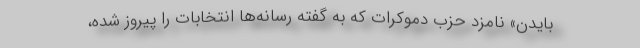
بایدن» نامزد حزب دموکرات که به گفته رسانه‌ها انتخابات را پیروز شده،